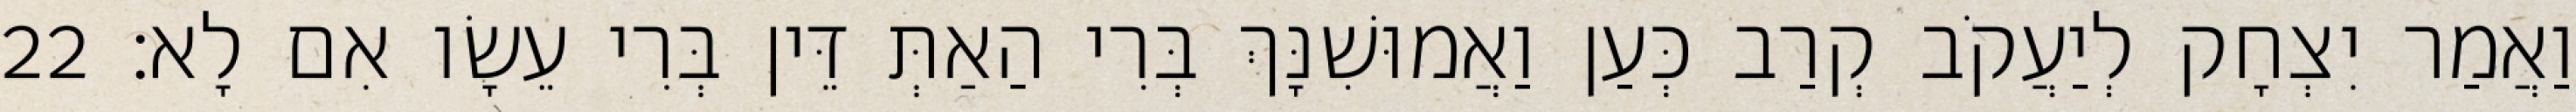
וַאֲמַר יִצְחָק לְיַעֲקֹב קְרַב כְּעַן וַאֲמוּשִׁנָּךְ בְּרִי הַאַתְּ דֵּין בְּרִי עֵשָׂו אִם לָא׃ 22